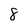
Character: 8